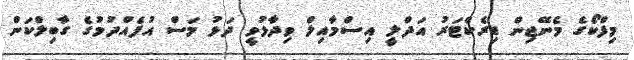
މިފްކޯގެ މެނޭޖިން ޑިރެކްޓަރު އަދްލީ އިސްމާއިލް ވިދާޅުވީ ދަޅު މަސް އުފެއްދުމުގެ ގާބިލްކަން